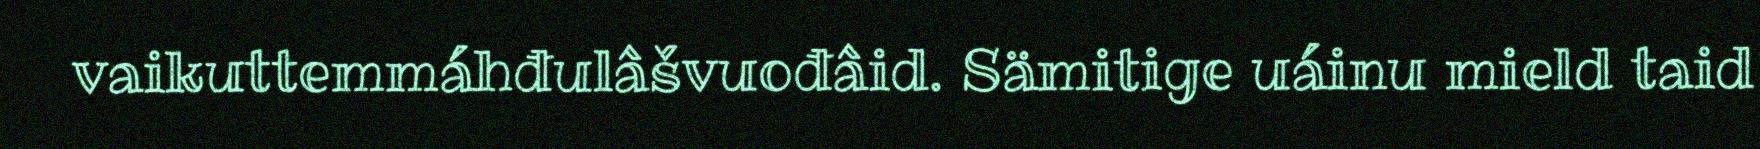
vaikuttemmáhđulâšvuođâid. Sämitige uáinu mield taid